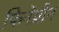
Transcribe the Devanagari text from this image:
फिनेंथ्रीन